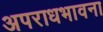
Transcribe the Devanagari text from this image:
अपराधभावना